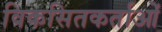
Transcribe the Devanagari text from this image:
विकसितकर्ताओं